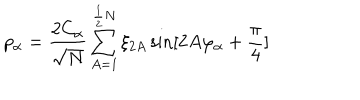
p _ { \alpha } = \frac { 2 C _ { \alpha } } { \sqrt { N } } \sum _ { A = 1 } ^ { \frac { 1 } { 2 } N } \xi _ { 2 A } \sin [ 2 A \varphi _ { \alpha } + \frac { \pi } { 4 } ]